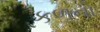
કળનો